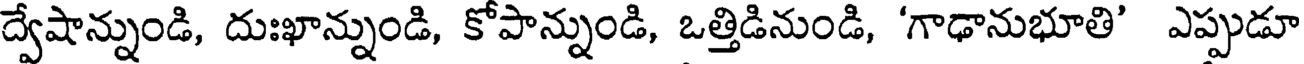
ద్వేషాన్నుండి, దుఃఖాన్నుండి, కోపాన్నుండి, ఒత్తిడినుండి, 'గాఢానుభూతి' ఎప్పుడూ